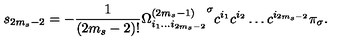
s _ { 2 m _ { s } - 2 } = - \frac { 1 } { ( 2 m _ { s } - 2 ) ! } { \Omega _ { i _ { 1 } \ldots i _ { 2 m _ { s } - 2 } } ^ { ( 2 m _ { s } - 1 ) } } ^ { \sigma } c ^ { i _ { 1 } } c ^ { i _ { 2 } } \ldots c ^ { i _ { 2 m _ { s } - 2 } } \pi _ { \sigma } .